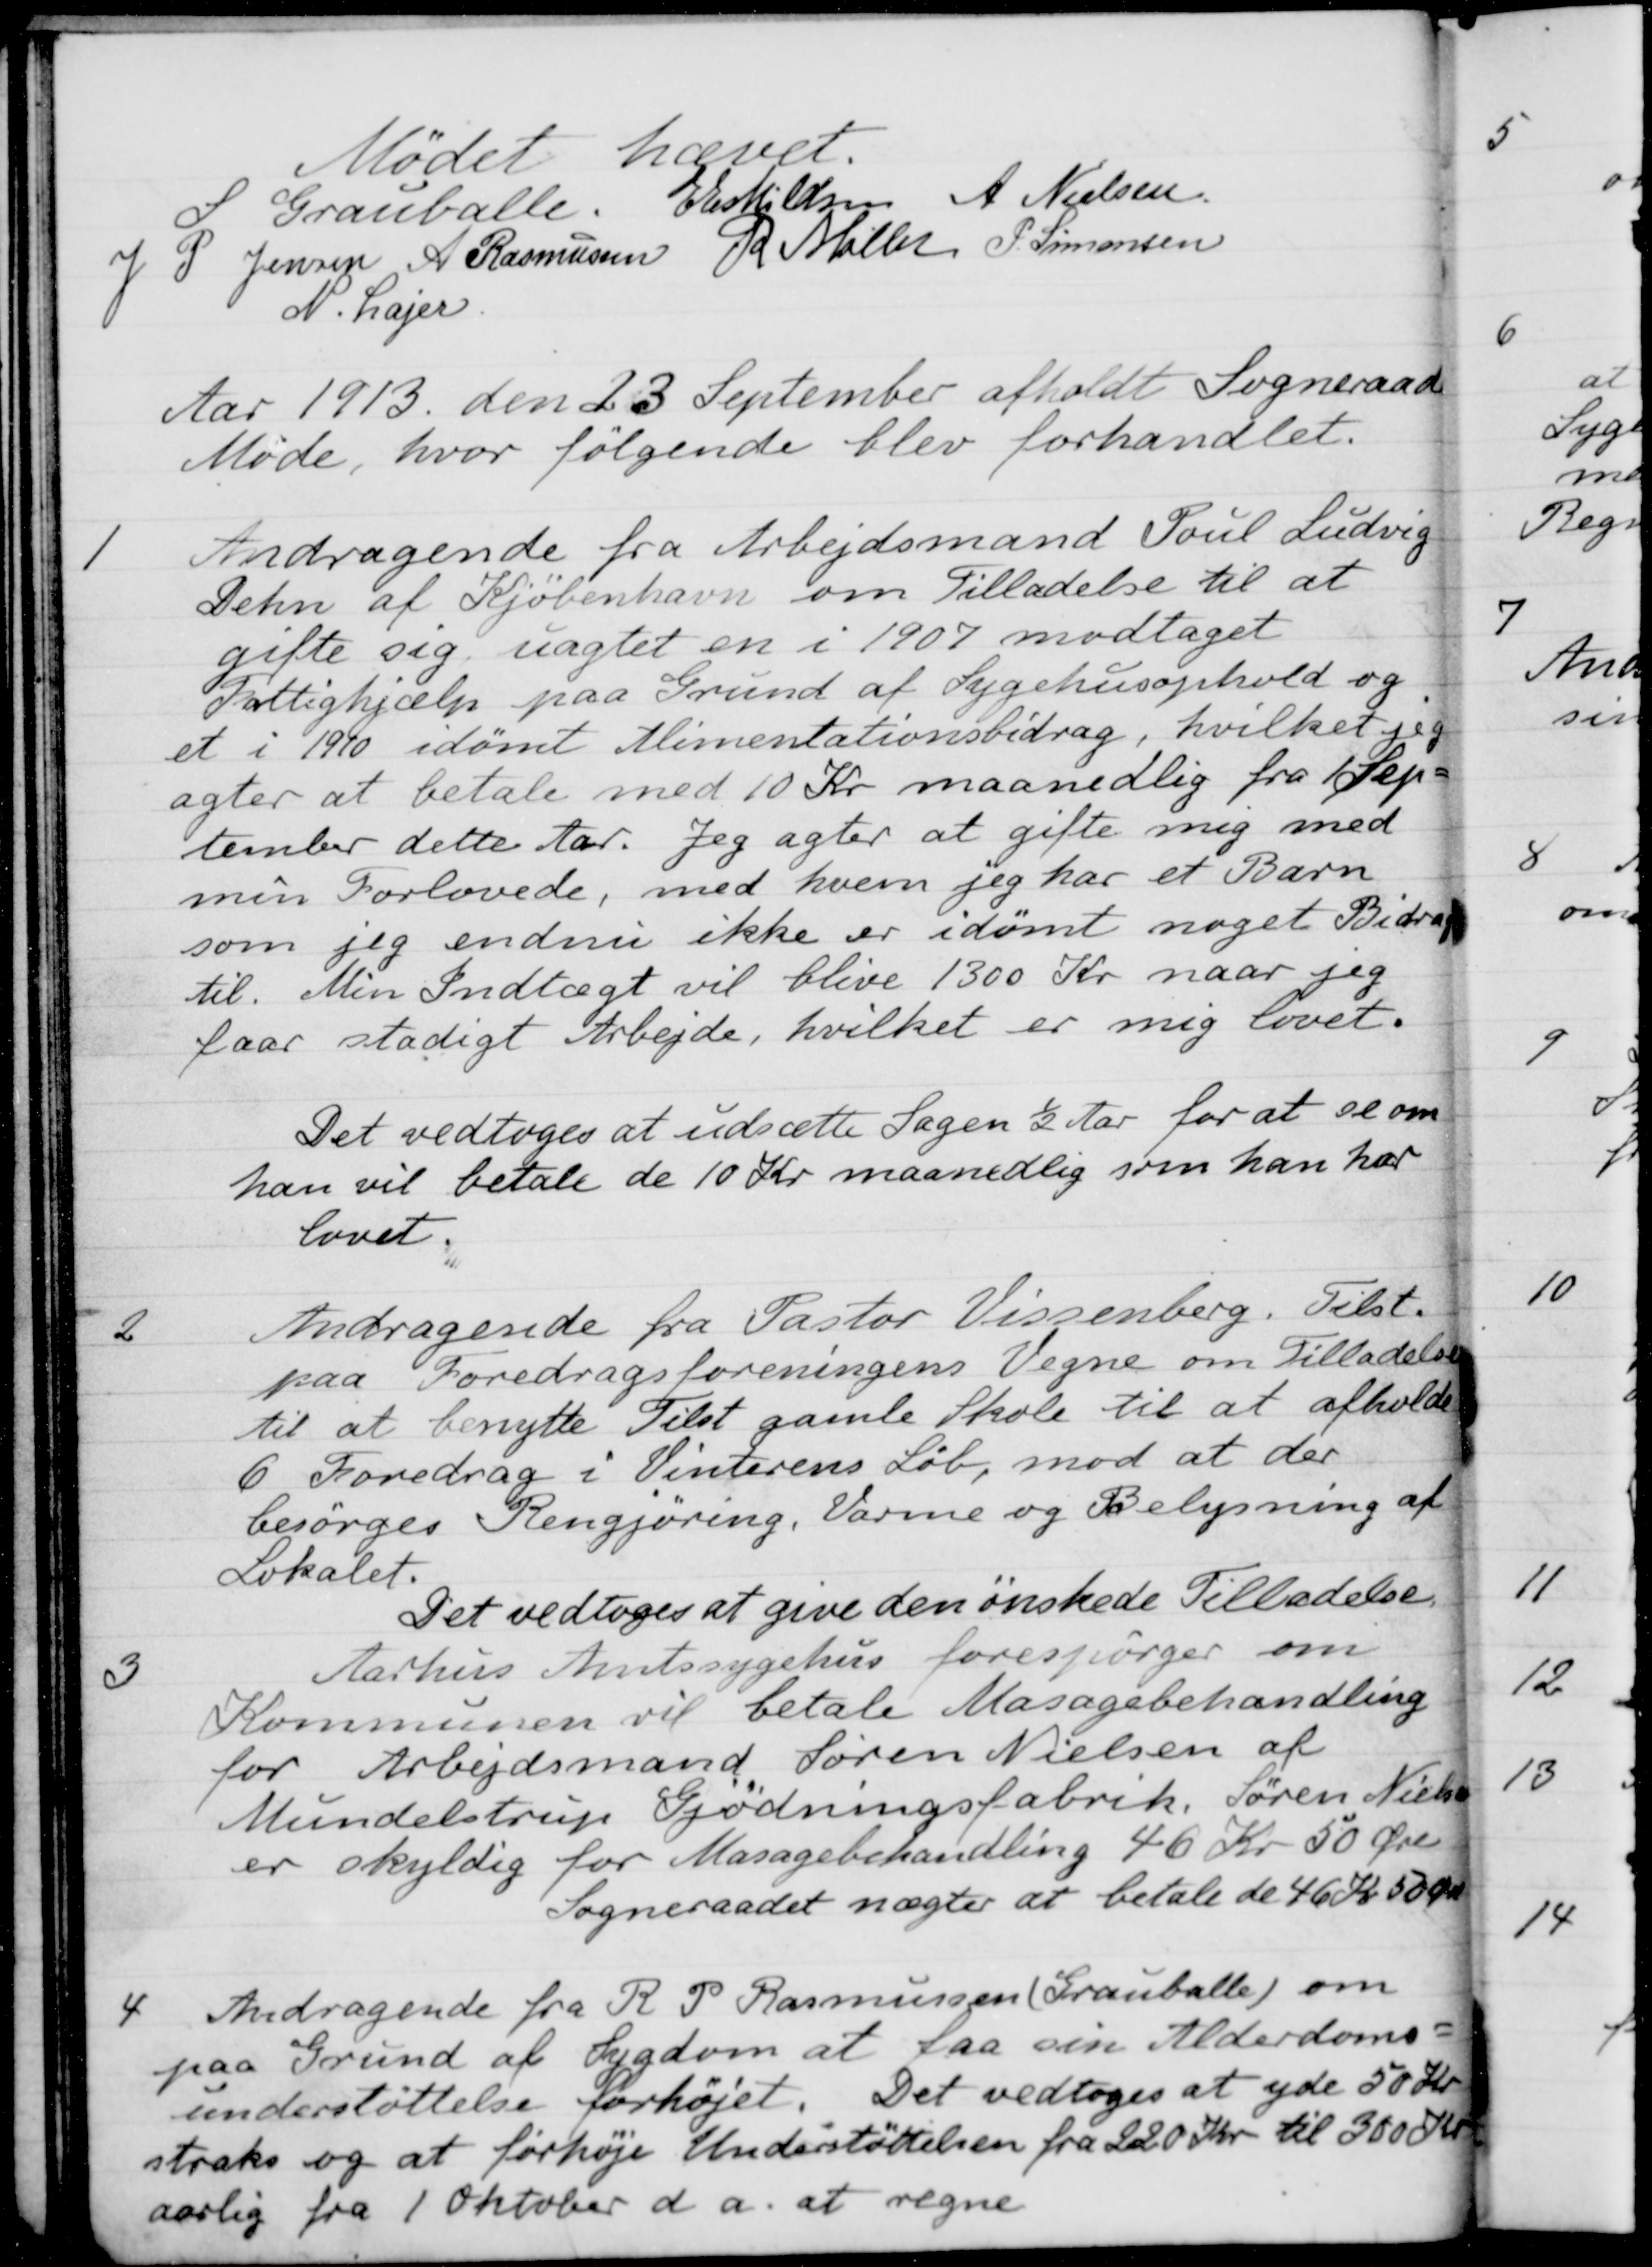
Transskription:
Mødet hævet.
S. Grauballe.
E Eskildsen
A. Nielsen
J P. Jensen
A Rasmussen
R Møller
P. Simonsen
N. Lajer
Aar 1913 den 23 September afholdt Sogneraadet
Møde, hvor følgende blev forhandlet.
1
Andragende fra Arbejdsmand Poul Ludvig
Dehn af Kjøbenhavn om Tilladelse til at
gifte sig uagtet en i 1907 modtaget
Fattighjælp paa Grund af Sygehusophold og
et i 1910 idømt Alimentationsbidrag, hvilket jeg
agter at betale med 10 Kr. maanedlig fra 1 Sep-
tember dette Aar. Jeg agter at gifte mig med
min Forlovede, med hvem jeg har et Barn
som jeg endnu ikke er idømt noget Bidrag
til. Min Indtægt vil blive 1300 Kr. naar jeg
faar stadigt Arbejde, hvilket er mig lovet.
Det vedtoges at udsætte Sagen ½ Aar for at se om
han vil betale de 10 Kr maanedlig som han har
lovet.
2
Andragende fra Pastor Vissenberg. Tilst,
paa Foredragsforeningens Vegne om Tilladelse
til at benytte Tilst gamle Skole til at afholde
6 Foredrag i Vinterens Løb, mod at der 
besørges Rengjøring. Varme og Belysning af
Lokalet.
Det vedtoges at give den ønskede Tilladelse.
3
Aarhus Amtssygehus forespørger om
Kommunen vil betale Masagebehandling
for Arbejdsmand Søren Nielsen af
Mundelstrup Gjødningsfabrik, Søren Nielsen
er skyldig for Masagebehandling 46 Kr 50 Øre
Sogneraadet nægter at betale de 46 Kr. 50 Øre
4
Andragende fra R. P. Rasmussen (Grauballe) om
paa Grund af Sygdom at faa sin Alderdoms-
understøttelse forhøjet. Det vedtoges at yde 50 Kr.
straks og at forhøje Understøttelsen fra 220 Kr. til 300 Kr.
aarlig fra 1 Oktober d.a. at regne